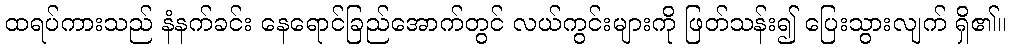
ထရပ်ကားသည် နံနက်ခင်း နေရောင်ခြည်အောက်တွင် လယ်ကွင်းများကို ဖြတ်သန်း၍ ပြေးသွားလျက် ရှိ၏။